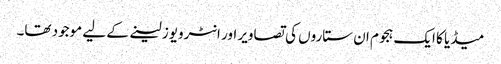
میڈیا کا ایک ہجوم ان ستاروں کی تصاویر اور انٹرویوز لینے کے لیے موجود تھا۔